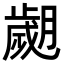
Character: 𦡖